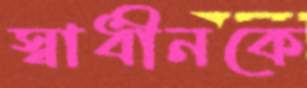
স্বাধীনকে